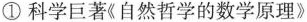
①科学巨著《自然哲学的数学原理》